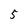
Character: 5